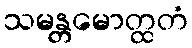
သမန္တမောတ္ထတံ